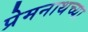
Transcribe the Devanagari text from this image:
प्रेमनाथच्या